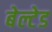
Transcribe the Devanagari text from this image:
बेल्टेड